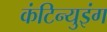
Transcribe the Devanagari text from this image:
कंटिन्युइंग